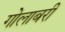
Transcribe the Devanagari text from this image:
गोलाबरी